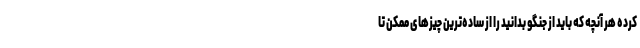
کرده هر آنچه که باید از جنگو بدانید را از ساده‌ترین چیزهای ممکن تا